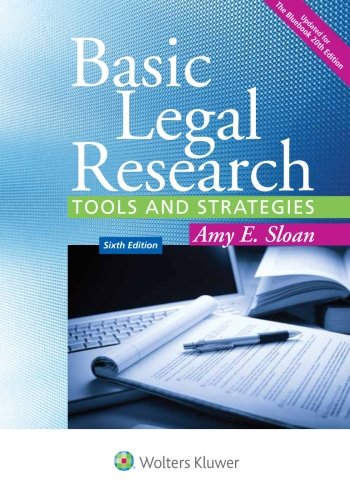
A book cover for Basic Legal Research: Tools and Strategies (Aspen Coursebook); Amy E. Sloan; Law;